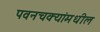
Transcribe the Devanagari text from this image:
पवनचक्यांमधील